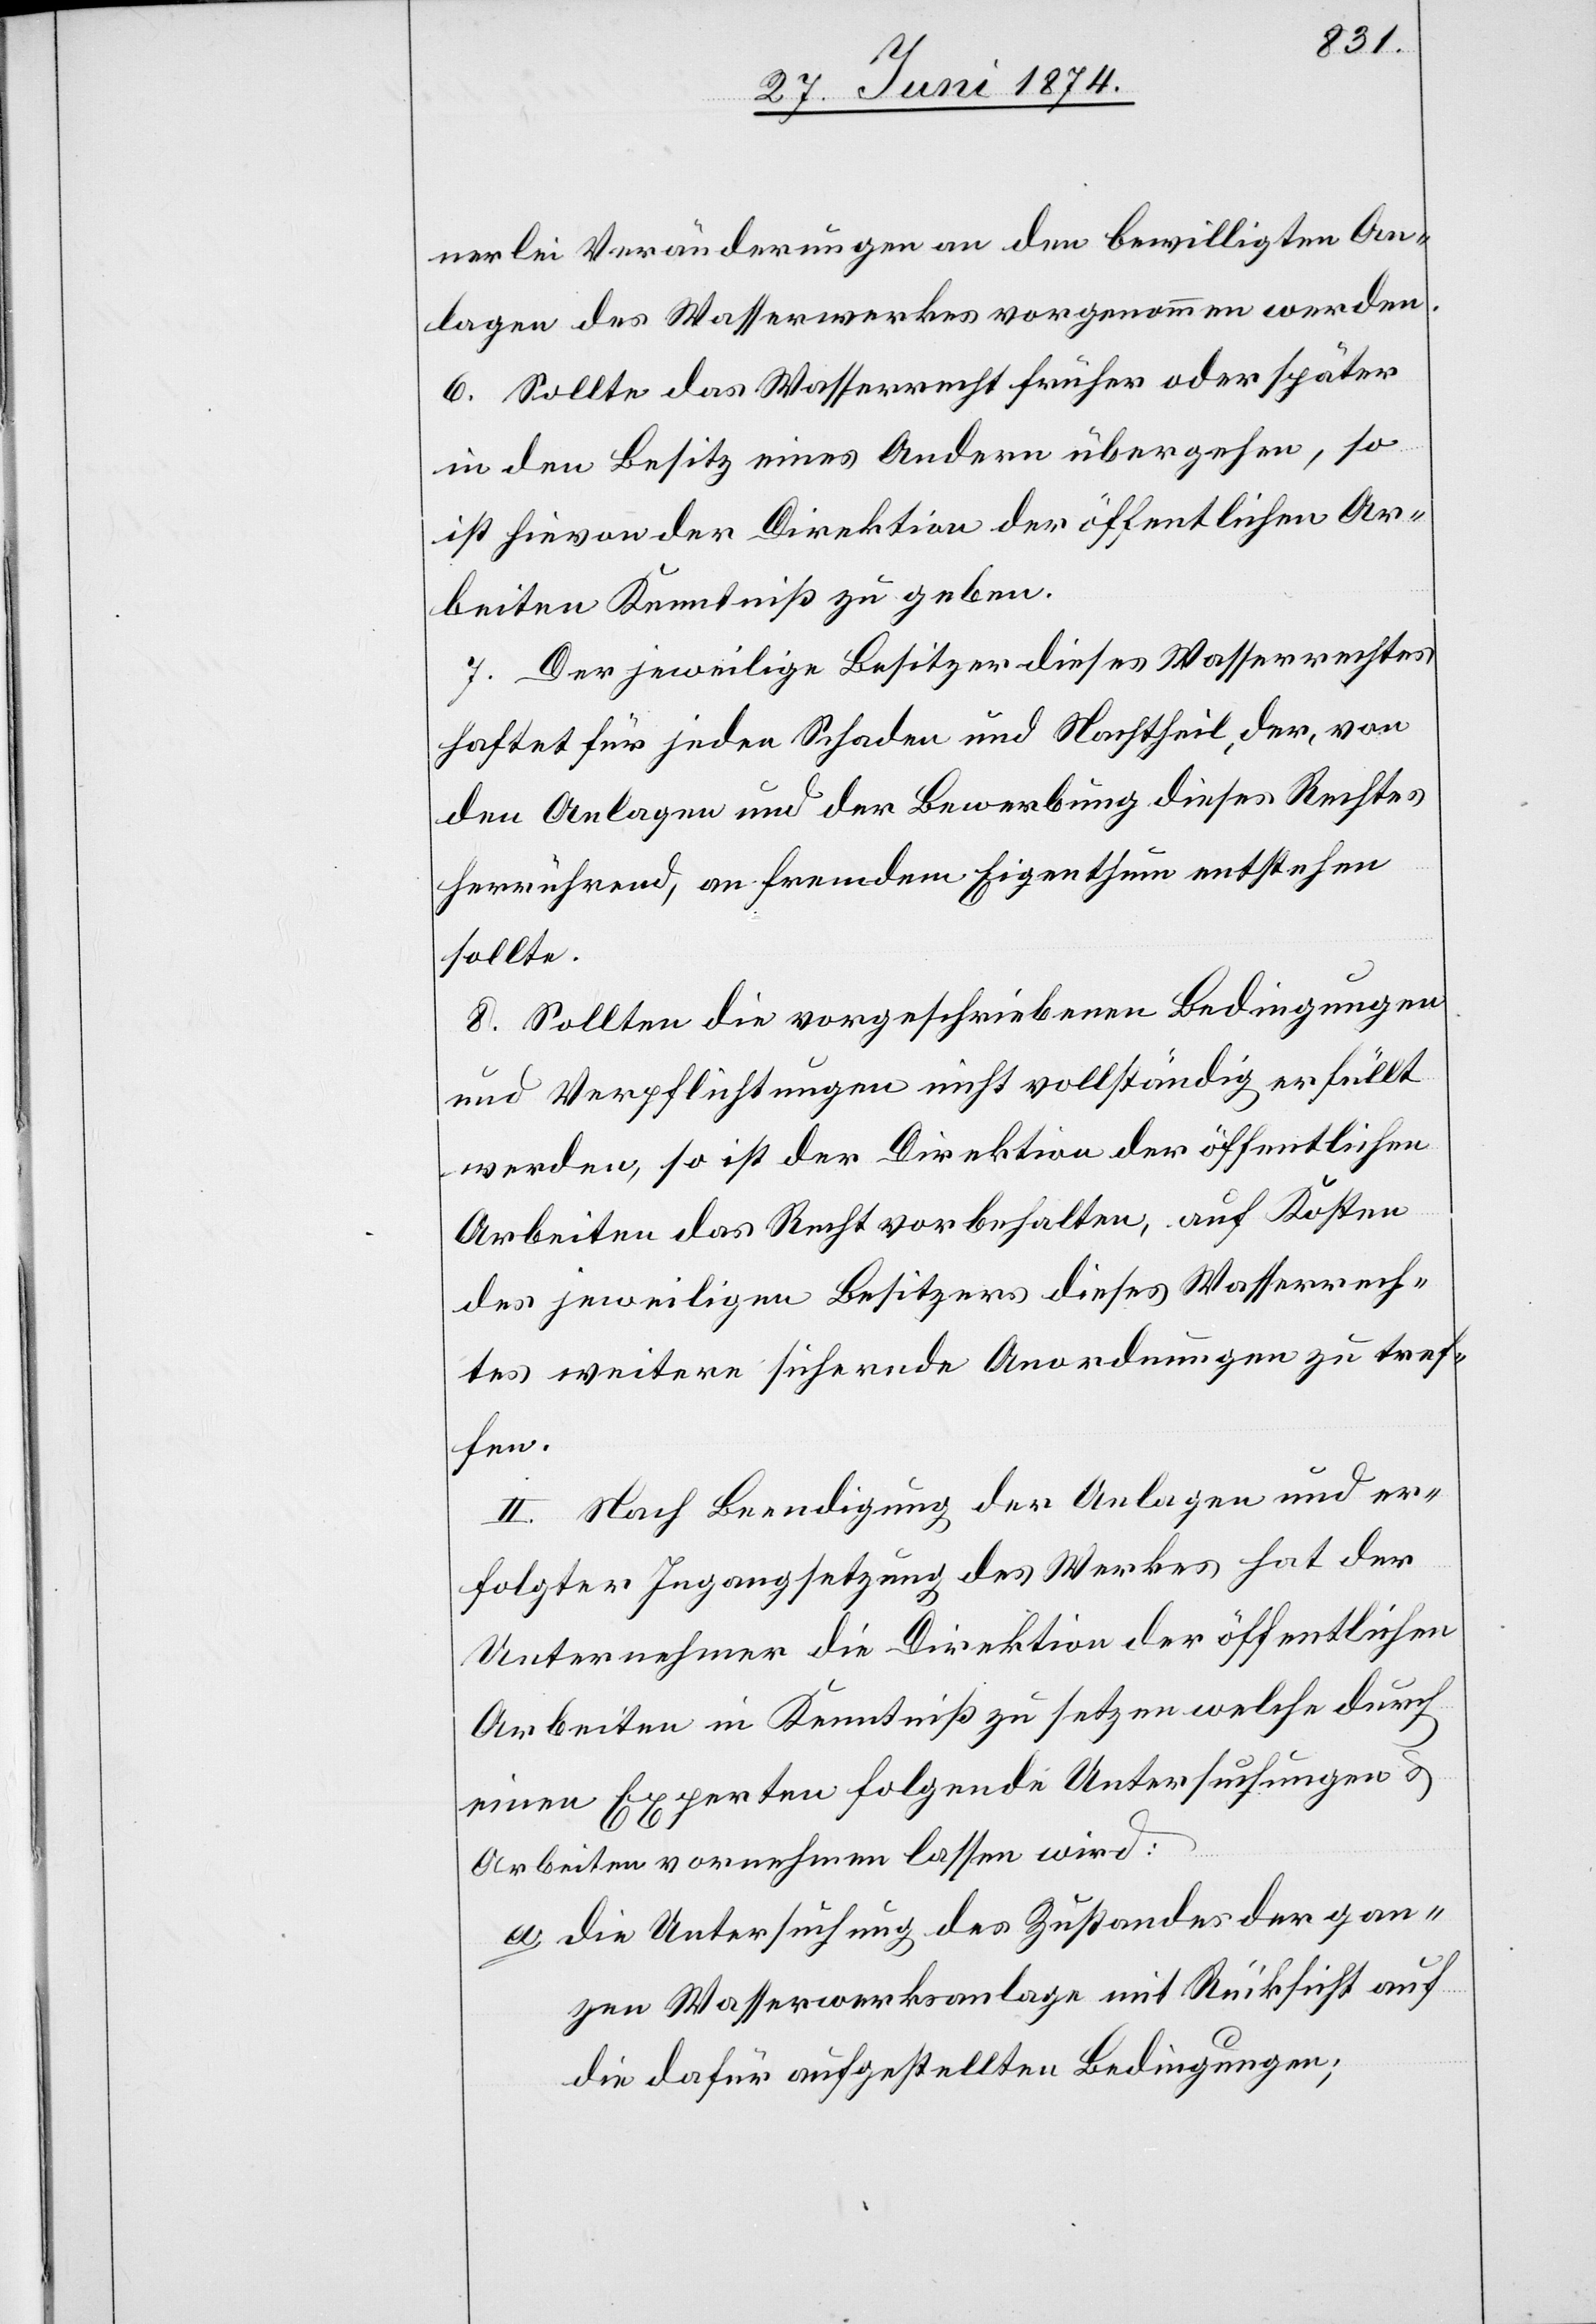
nerlei Veränderungen an den bewilligten An¬
lagen des Wasserwerkes vorgenommen werden.
6. Sollte das Wasserrecht früher oder später
in den Besitz eines Andern übergehen, so
ist hievon der Direktion der öffentlichen Ar¬
beiten Kenntniß zu geben.
7. Der jeweilige Besitzer dieses Wasserrechtes
haftet für jeden Schaden und Nachtheil, der, von
den Anlagen und der Bewerbung dieses Rechtes
herrührend, an fremdem Eigenthum entstehen
sollte.
8. Sollten die vorgeschriebenen Bedingungen
und Verpflichtungen nicht vollständig erfüllt
werden, so ist der Direktion der öffentlichen
Arbeiten das Recht vorbehalten, auf Kosten
des jeweiligen Besitzers dieses Wasserrech¬
tes weitere sichernde Anordnungen zu tref¬
fen.
II. Nach Beendigung der Anlagen und er¬
folgter Ingangsetzung des Werkes hat der
Unternehmer die Direktion der öffentlichen
Arbeiten in Kenntniß zu setzen welche durch
einen Experten folgende Untersuchungen u.
Arbeiten vornehmen lassen wird:
a. die Untersuchung des Zustandes der gan¬
zen Wasserwerksanlage mit Rücksicht auf
die dafür aufgestellten Bedingungen;